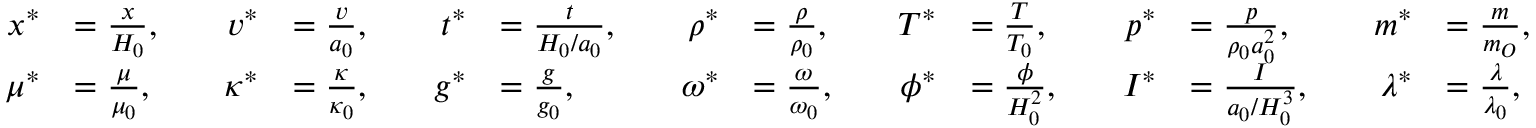
\begin{array} { r l r l r l r l r l r l r l } { x ^ { * } } & { = \frac { x } { H _ { 0 } } , \quad } & { v ^ { * } } & { = \frac { v } { a _ { 0 } } , \quad } & { t ^ { * } } & { = \frac { t } { H _ { 0 } / a _ { 0 } } , \quad } & { \rho ^ { * } } & { = \frac { \rho } { \rho _ { 0 } } , \quad } & { T ^ { * } } & { = \frac { T } { T _ { 0 } } , \quad } & { p ^ { * } } & { = \frac { p } { \rho _ { 0 } a _ { 0 } ^ { 2 } } , \quad } & { m ^ { * } } & { = \frac { m } { m _ { O } } , } \\ { \mu ^ { * } } & { = \frac { \mu } { \mu _ { 0 } } , \quad } & { \kappa ^ { * } } & { = \frac { \kappa } { \kappa _ { 0 } } , \quad } & { g ^ { * } } & { = \frac { g } { g _ { 0 } } , \quad } & { \omega ^ { * } } & { = \frac { \omega } { \omega _ { 0 } } , \quad } & { \phi ^ { * } } & { = \frac { \phi } { H _ { 0 } ^ { 2 } } , \quad } & { I ^ { * } } & { = \frac { I } { a _ { 0 } / H _ { 0 } ^ { 3 } } , \quad } & { \lambda ^ { * } } & { = \frac { \lambda } { \lambda _ { 0 } } , } \end{array}